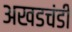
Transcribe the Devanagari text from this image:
अखडचंडी